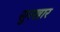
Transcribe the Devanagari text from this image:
सुरखार